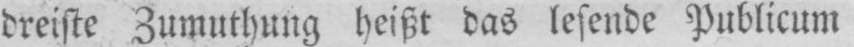
dreiste Zumuthung heißt das lesende Publicum